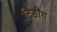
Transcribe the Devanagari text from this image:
टिडींग